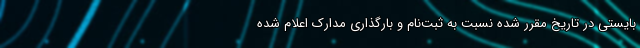
بایستی در تاریخ مقرر شده نسبت به ثبت‌نام و بارگذاری مدارک اعلام شده